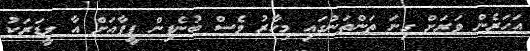
އަހަރެން ވަރަށް ގިނަ ތަންތަނުގައި މިހާރު ވެސް ބުނެފިން ފީފާއަށް އާ ލީޑަރަކު